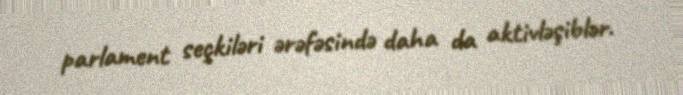
parlament seçkiləri ərəfəsində daha da aktivləşiblər.